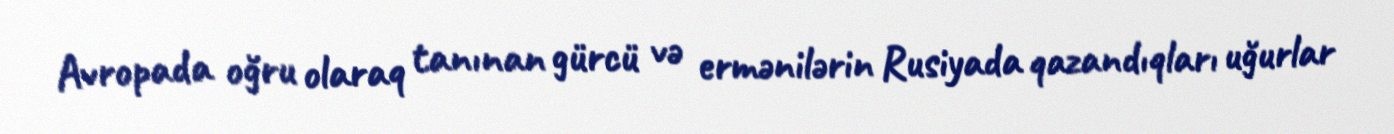
Avropada oğru olaraq tanınan gürcü və ermənilərin Rusiyada qazandıqları uğurlar